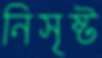
নিসৃষ্ট